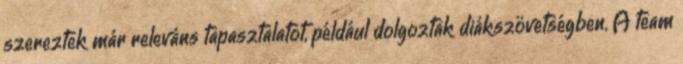
szereztek már releváns tapasztalatot, például dolgoztak diákszövetségben. A team